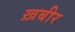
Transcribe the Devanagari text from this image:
ख़बीर